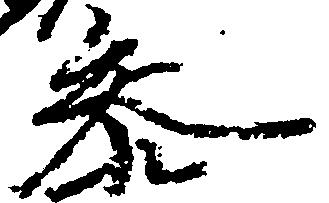
参